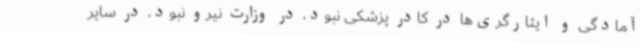
آمادگی و ایثارگری‌ها در کادر پزشکی نبود، در وزارت نیرو نبود، در سایر